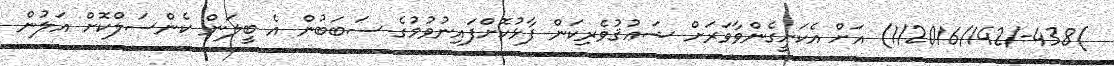
)438-/1/2016/142) އަށް އެކަށީގެންވާވަރަށް ޝަޢުޤުވެރިކަން ފާޅުކޮށްފައިނުވުމުގެ ސަބަބުން އެ ބީލަން ކެންސަލްކޮށް އަލުން